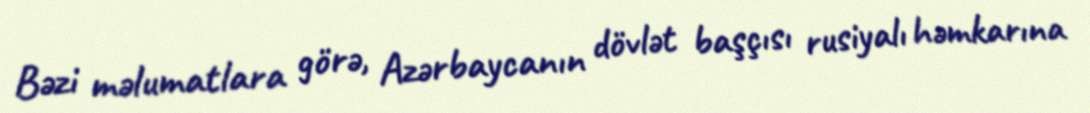
Bəzi məlumatlara görə, Azərbaycanın dövlət başçısı rusiyalı həmkarına